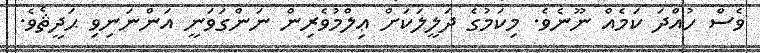
ވެސް ހުއްދަ ކަމެއް ނޫނެވެ. މިކަމުގެ ދަލީލަކަށް ޢިލްމުވެރިން ނަންގަވަނީ އަންނަނިވި ޙަދީޘެވެ.